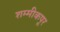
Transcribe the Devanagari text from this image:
शम्मीकपूर